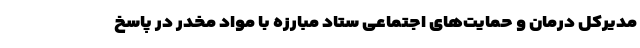
مدیرکل درمان و حمایت‌های اجتماعی ستاد مبارزه با مواد مخدر در پاسخ